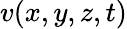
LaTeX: v(x,y,z,t)